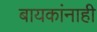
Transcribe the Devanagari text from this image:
बायकांनाही